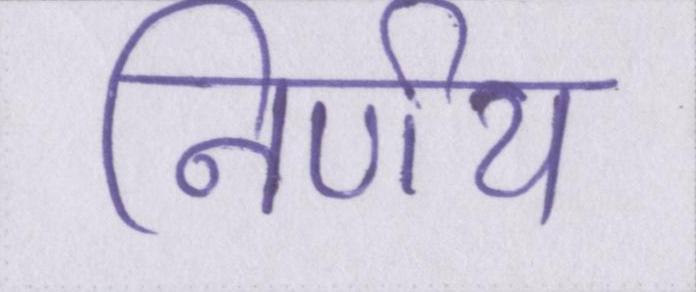
निर्णय